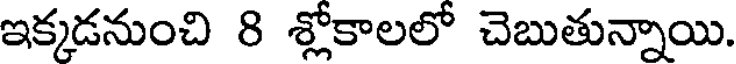
ఇక్కడనుంచి 8 శ్లోకాలలో చెబుతున్నాయి.